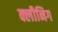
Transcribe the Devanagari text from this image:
क्लीनिग